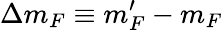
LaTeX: \Delta m_{F}\equiv m_{F}^{\prime}-m_{F}